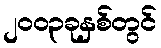
၂၀၀၃ခုနှစ်တွင်